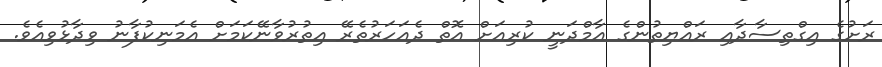
ރަށުގެ އިގްތިސާދާއި ރައްޔިތުންގެ އާމްދަނީ ކުރިއަށް އޮތް ދެއަހަރުތެރޭ އިތުރުވާނޭކަމަށް އެމަނިކުފާނު ވިދާޅުވިއެވެ.